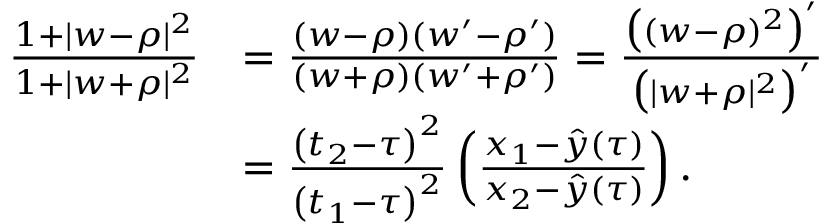
\begin{array} { r l } { \frac { 1 + | w - \rho | ^ { 2 } } { 1 + | w + \rho | ^ { 2 } } } & { = \frac { ( w - \rho ) ( w ^ { \prime } - \rho ^ { \prime } ) } { ( w + \rho ) ( w ^ { \prime } + \rho ^ { \prime } ) } = \frac { \big ( ( w - \rho ) ^ { 2 } \big ) ^ { \prime } } { \big ( | w + \rho | ^ { 2 } \big ) ^ { \prime } } } \\ & { = \frac { \left( t _ { 2 } - { \tau } \right) ^ { 2 } } { \left( t _ { 1 } - { \tau } \right) ^ { 2 } } \left( \frac { x _ { 1 } - \hat { y } ( \tau ) } { x _ { 2 } - \hat { y } ( \tau ) } \right) . } \end{array}